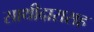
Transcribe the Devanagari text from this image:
साथीदारासह